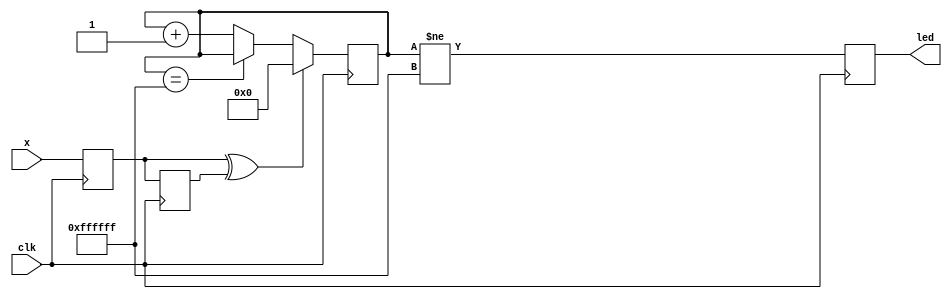
// Monitor any transitions, stretch the pulse so it's human-visible
//
// GNSS Firehose
// Copyright (c) 2012 Peter Monta <pmonta@gmail.com>

module activity(
  input clk,
  input x,
  output reg led
);

  reg x0=0, x1=0;
  reg [23:0] c=0;

  always @(posedge clk) begin
    x0 <= x;  // define clock domain, possibly with input cell
    x1 <= x0;
    if (x0^x1)
      c <= 0;
    else
      c <= (c==24'd16777215) ? c : c+1;
    led <= (c!=24'd16777215);
  end


endmodule